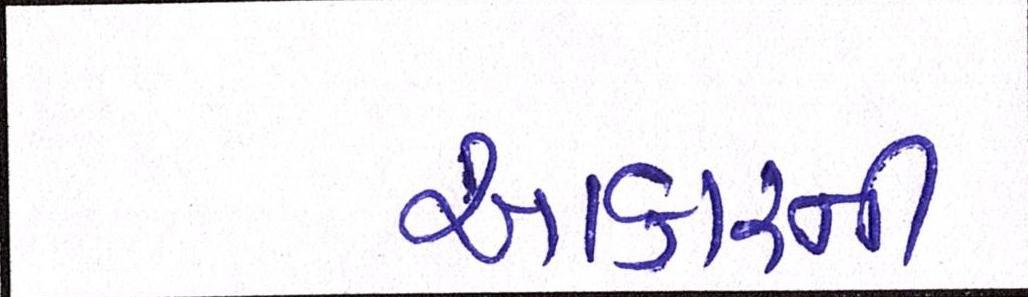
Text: આકારની